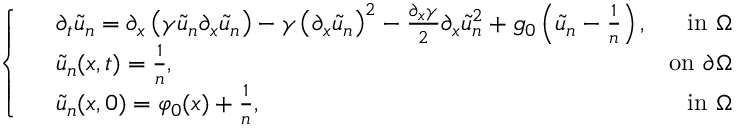
\left\{ \begin{array} { r l r } & { \partial _ { t } \tilde { u } _ { n } = \partial _ { x } \left( \gamma \tilde { u } _ { n } \partial _ { x } \tilde { u } _ { n } \right) - \gamma \left( \partial _ { x } \tilde { u } _ { n } \right) ^ { 2 } - \frac { \partial _ { x } \gamma } { 2 } \partial _ { x } \tilde { u } _ { n } ^ { 2 } + g _ { 0 } \left( \tilde { u } _ { n } - \frac { 1 } { n } \right) , } & { \mathrm { i n ~ } \Omega } \\ & { \tilde { u } _ { n } ( x , t ) = \frac { 1 } { n } , } & { \mathrm { o n ~ } \partial \Omega } \\ & { \tilde { u } _ { n } ( x , 0 ) = \varphi _ { 0 } ( x ) + \frac { 1 } { n } , } & { \mathrm { i n ~ } \Omega } \end{array} \right.